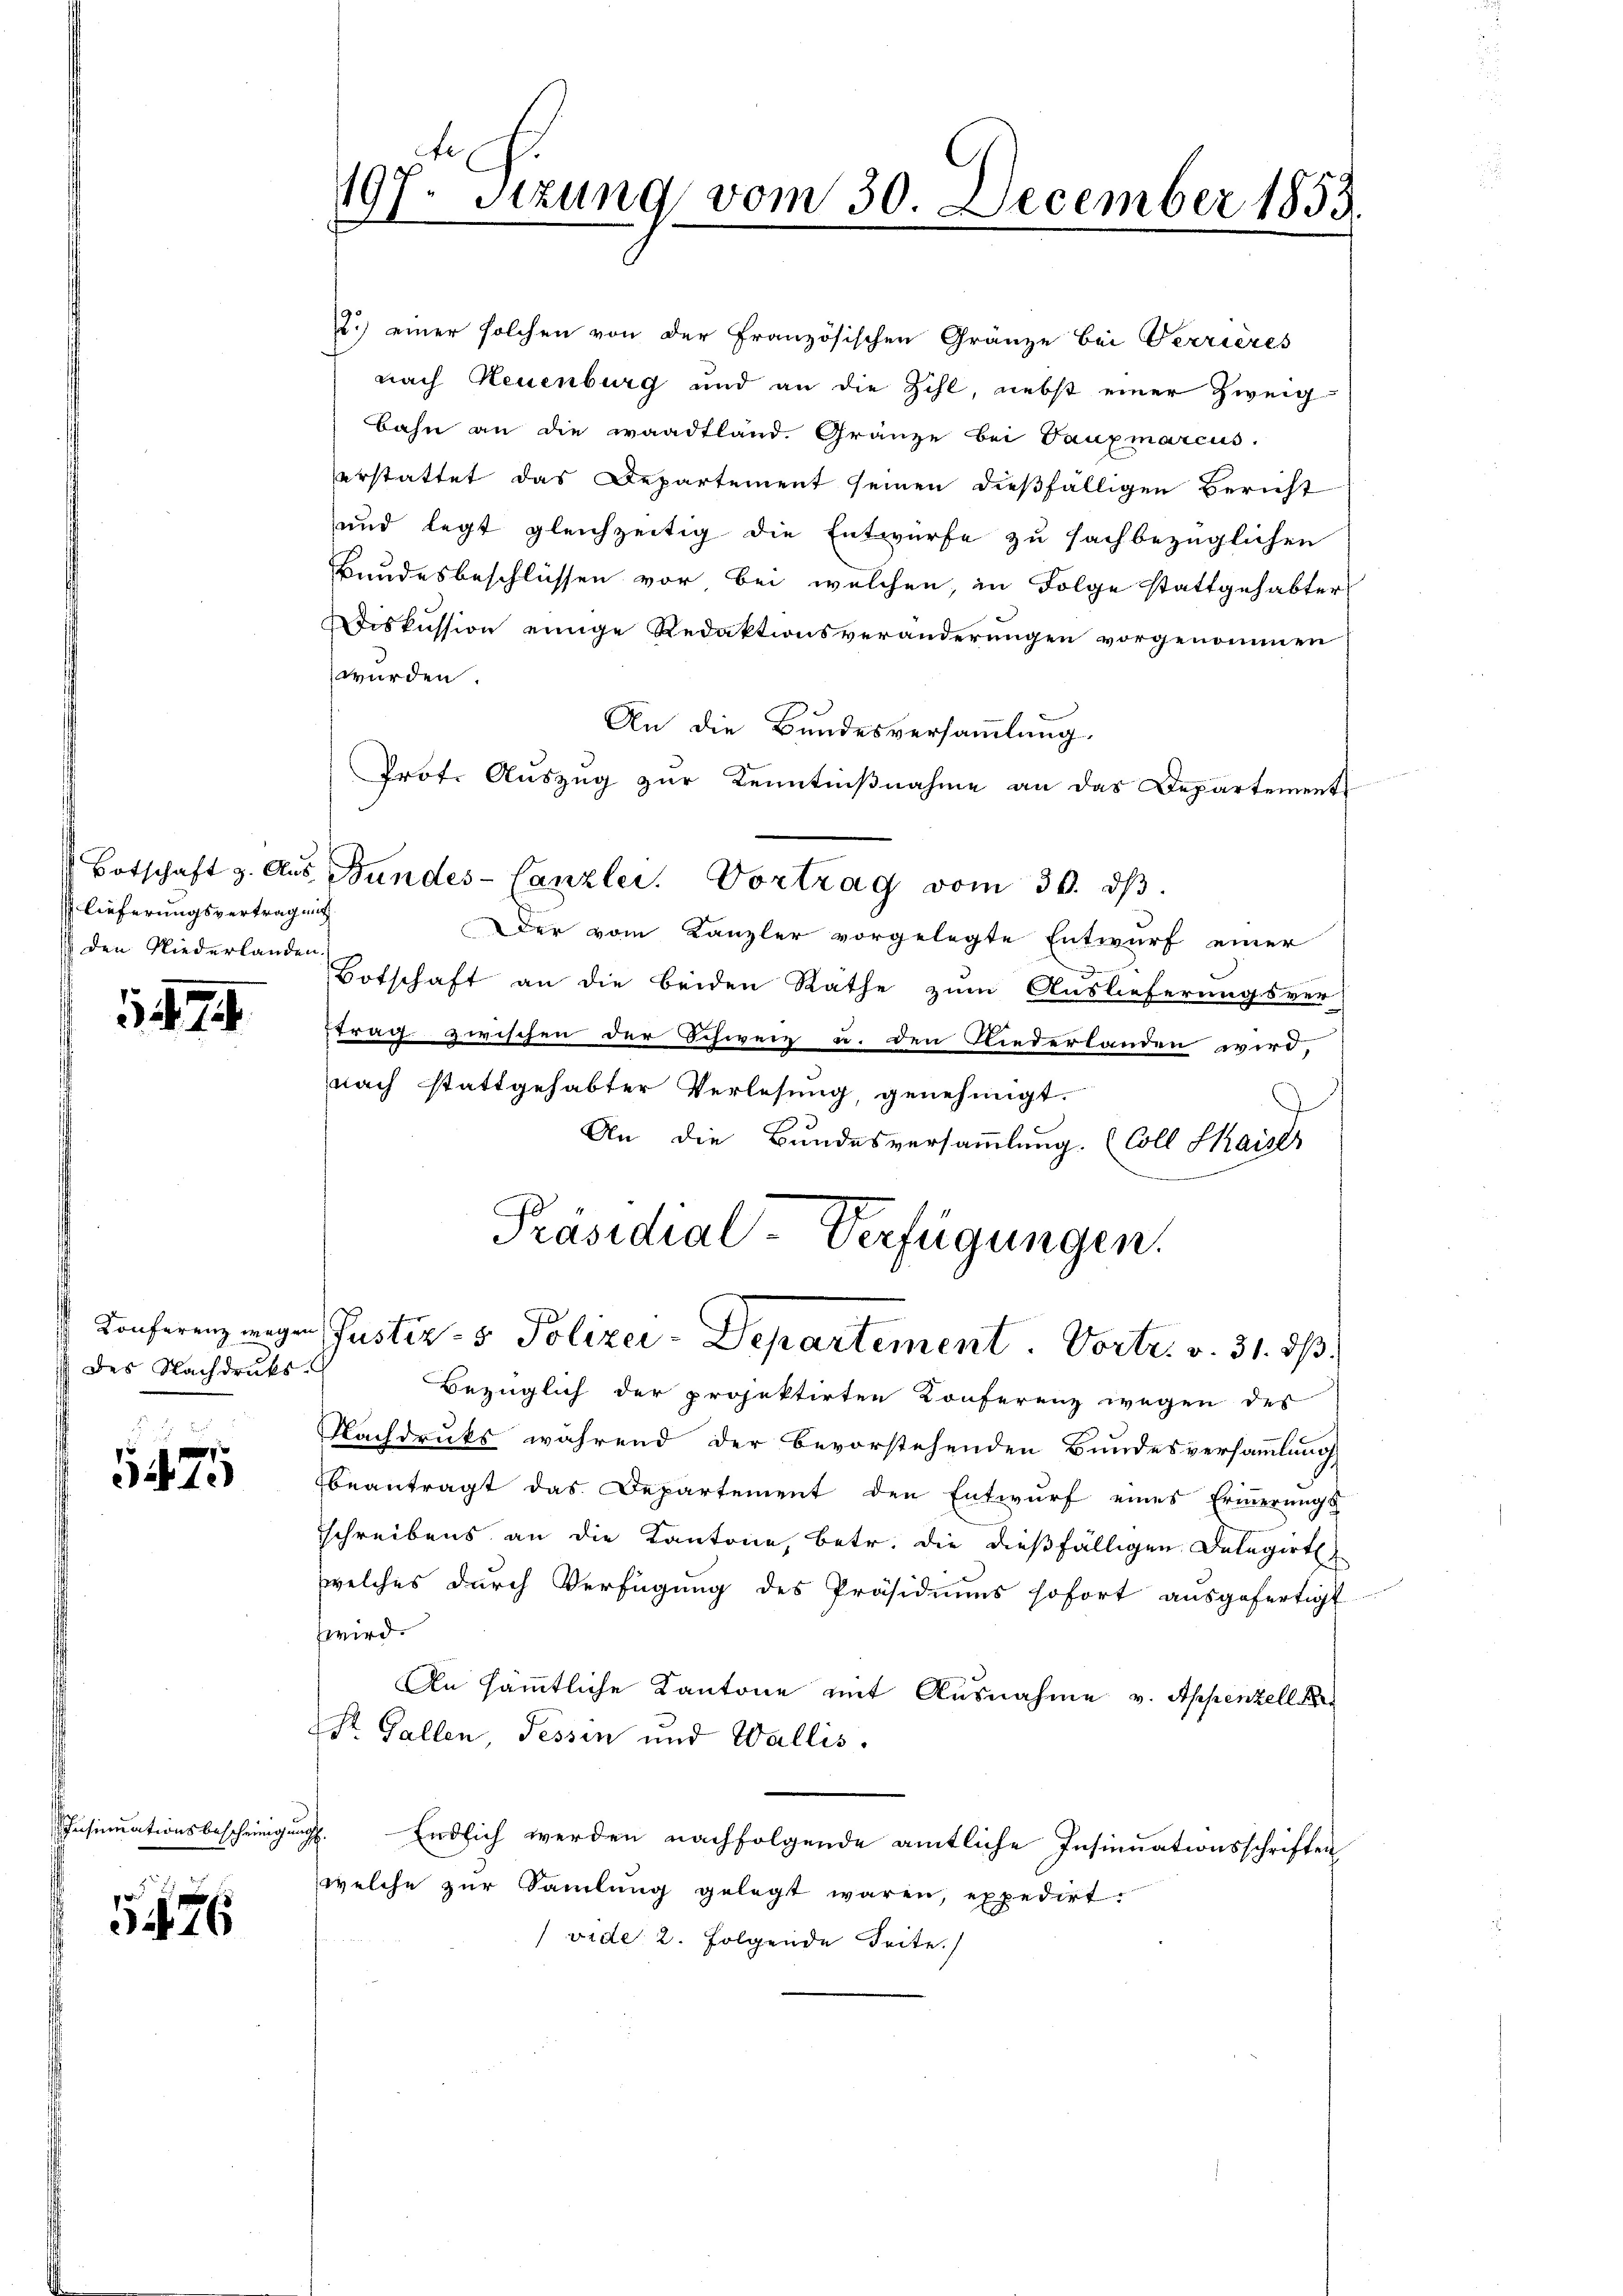
lieferungsvertragung
 den Niederlanden.

174.

des Nachdruks

1475

Insinuationsbescheinigung

376

197. Sizung vom 30. December 1853
.
f

2.) einer solchen von der Französischen Gränze bei Verrieres
nach Neuenburg und an die Zihl, nebst einer Zweig
bahn an die waadtland. Gränze bei Tanzmarcus.
erstattet das Departement seinen dießfälligen Bericht
und legt gleichzeitig die Entwürfe zu sachbezüglichen
Bundesbeschlüssen vor, bei welchen, in Folge stattgehabter
Diskussion einige Redaktionsveränderungen vorgenommen
würden.
An die Bundesversammlung.
Prot. Auszug zur Kenntnißnahme an das Departement
Der vom Kanzler vorgelegte Entwurf einer
Botschaft an die beiden Räthe zum Auslieferungsver-
Etrag zwischen der Schweiz u. den Niederlanden wird,
nach stattgehabter Verlesung, genehmigt.
An die Bundesversammlung. (Coll Kaiser
Präsidial-Verfügungen.
Konferenz wegen Justiz- & Polizei-Departement. Vortr. v. 31. ds.
Bezüglich der projektirten Konferenz wegen des
Nachdruks während der bevorstehenden Bundesversammlung
beantragt das Departement den Entwurf eines Erinnerungs
schreibens an die Kantone, betr. die dießfälligen Delegirt
welches durch Verfügung des Präsidiums sofort ausgefertigt
wird.
An sämmtliche Kantone mit Ausnahme v. Appenzell ke
Dr. Gallen, Tessin und Wallis.
H. Endlich werden nachfolgende amtliche Insinuationsschriften
welche zur Samlung gelegt waren, expedirt.
(vide 2. Folgende Seite.

Botschaft z. Aŭs Bundes-Canzlei. Vortrag vom 30. dβ.